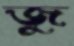
জু